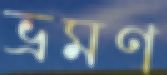
ভ্রমণ